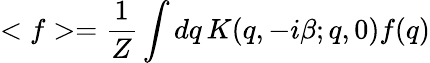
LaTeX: <f>=\frac{1}{Z}\int dq\, K(q,-i\beta;q,0)f(q)